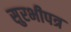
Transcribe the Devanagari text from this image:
सुरभीपत्र